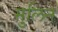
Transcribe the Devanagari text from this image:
मुलिन